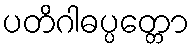
ပတိဂါဓပ္ပတ္တော